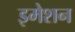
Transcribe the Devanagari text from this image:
इमेशन